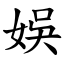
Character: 娛